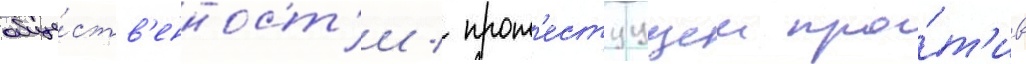
обще́ств'енност'и / прот'естуущеи про́т'ив